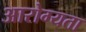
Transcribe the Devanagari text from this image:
आरोग्‍यता